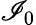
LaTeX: \mathscr{I}_{0}